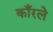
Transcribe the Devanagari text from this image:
काँरले